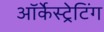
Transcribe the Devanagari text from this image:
ऑर्केस्ट्रेटिंग